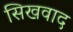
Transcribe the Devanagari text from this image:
सिखवाद